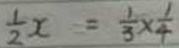
\frac { 1 } { 2 } x = \frac { 1 } { 3 } \times \frac { 1 } { 4 }